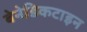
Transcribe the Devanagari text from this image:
बेनेडिकटाइन